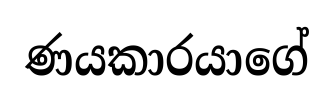
ණයකාරයාගේ